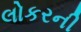
લોકરની